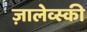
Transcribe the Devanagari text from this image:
ज़ालेव्स्की